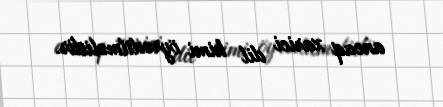
ancaq xarici dil kimi öyrədilməlidir.